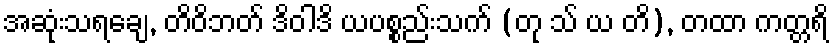
အဆုံးသရချေ, တိဝိဘတ် ဒိဝါဒိ ယပစ္စည်းသက် (တု သ် ယ တိ), တထာ ကတ္တရိ